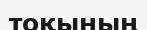
тоқының